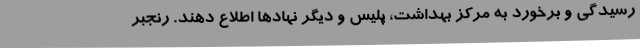
رسیدگی و برخورد به مرکز بهداشت، پلیس و دیگر نهادها اطلاع دهند. رنجبر